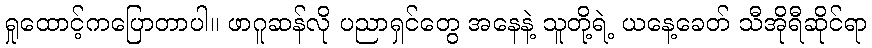
ရှုထောင့်ကပြောတာပါ။ ဖာဂူဆန်လို ပညာရှင်တွေ အနေနဲ့ သူတို့ရဲ့ ယနေ့ခေတ် သီအိုရီဆိုင်ရာ